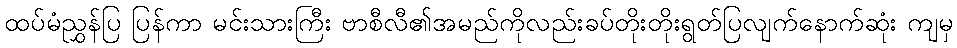
ထပ်မံညွှန်ပြ ပြန်ကာ မင်းသားကြီး ဗာစီလီ၏အမည်ကိုလည်းခပ်တိုးတိုးရွတ်ပြလျက်နောက်ဆုံး ကျမှ